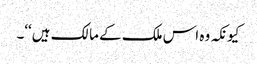
کیونکہ وہ اس ملک کے مالک ہیں‘‘۔